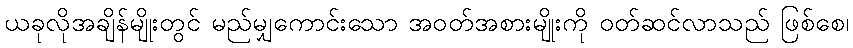
ယခုလိုအချိန်မျိုးတွင် မည်မျှကောင်းသော အဝတ်အစားမျိုးကို ဝတ်ဆင်လာသည် ဖြစ်စေ၊